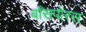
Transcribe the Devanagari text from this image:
बाँसपोरस